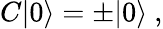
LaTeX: C|0\rangle=\pm|0\rangle\ ,